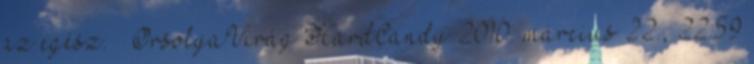
az egész. – OrsolyaVirág HardCandy 2010. március 22., 22:59